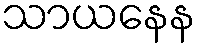
သာယနေန